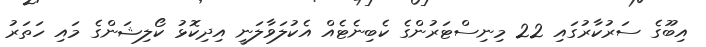
އިބޫގެ ސަރުކާރުގައި 22 މިނިސްޓަރުންގެ ކެބިނެޓެއް އެކުލަވާލަނީ އިދިކޮޅު ކޯލިޝަންގެ މައި ހަތަރު